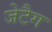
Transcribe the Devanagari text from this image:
जेटैग